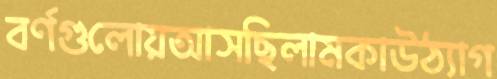
বর্ণগুলোয়আসছিলামকাউঠ্যাগ